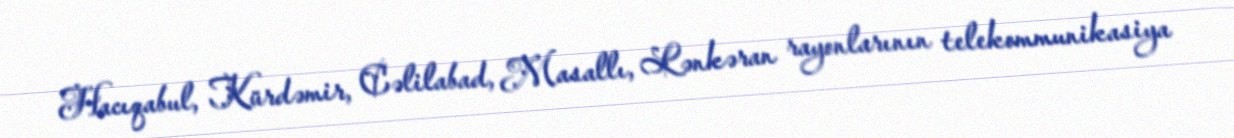
Hacıqabul, Kürdəmir, Cəlilabad, Masallı, Lənkəran rayonlarının telekommunikasiya